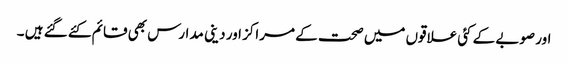
اور صوبے کے کئی علاقوں میں صحت کے مراکز اور دینی مدارس بھی قائم کئے گئے ہیں ۔